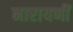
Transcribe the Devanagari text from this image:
नारायणीं